Civil Veterinary Department. Madras. Admin. report 1926-33 - 1926-1933
Year: 1926
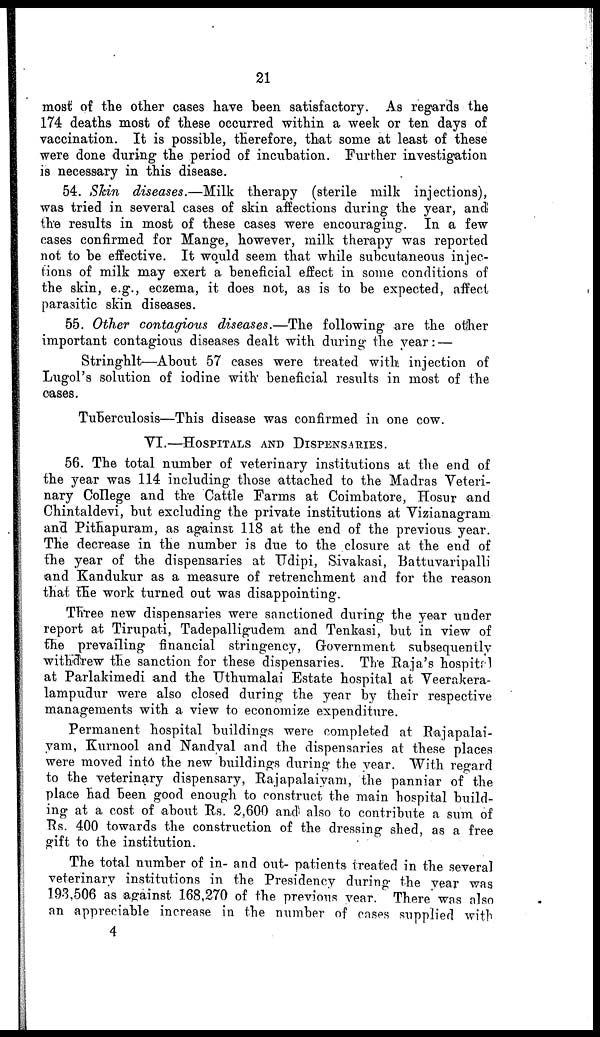
21
most of the other cases have been satisfactory. As regards the
174 deaths most of these occurred within a week or ten days of
vaccination. It is possible, therefore, that some at least of these
were done during the period of incubation. Further investigation
is necessary in this disease.
54. Skin diseases.—Milk
therapy (sterile milk injections),
was tried in several cases of skin affections during the year, and
the results in most of these cases were encouraging. In a few
oases confirmed for Mange, however, milk therapy was reported
not to be effective. It would seem that while subcutaneous injec-
tions of milk may exert a beneficial effect in some conditions of
the skin, e.g., eczema, it does not, as is to be expected, affect
parasitic skin diseases.
55. Other contagious diseases.—The
following are the other
important contagious diseases dealt with during the year: —
Stringhlt—About 57 cases were treated with injection of
Lugol's solution of iodine with beneficial results in most of the
oases.
Tuberculosis—This disease was confirmed in one cow.
VI.—HOSPITALS AND DISPENSARIES.
56. The total number of veterinary institutions at the end of
the year was 114 including those attached to the Madras Veteri-
nary College and the Cattle Farms at Coimbatore, Hosur and
Chintaldevi, but excluding the private institutions at Vizianagram
and Pithapuram, as against 118 at the end of the previous year.
The decrease in the number is due to the closure at the end of
the year of the dispensaries at Udipi, Sivakasi, Battuvaripalli
and Kandukur as a measure of retrenchment and for the reason
that the work turned out was disappointing.
Three new dispensaries were sanctioned during the year under
report at Tirupati, Tadepalligudem and Tenkasi, but in view of
the prevailing financial stringency, Government subsequently
withdrew the sanction for these dispensaries. The Raja's hospital
at Parlakimedi and the Uthumalai Estate hospital at Veerakera-
lampudur were also closed during the year by their respective
managements with a view to economize expenditure.
Permanent hospital buildings were completed at Rajapalai-
yam, Kurnool and Nandyal and the dispensaries at these places
were moved int6 the new buildings during the year. With regard
to the veterinary dispensary, Rajapalaiyam, the panniar of the
place had been good enough to construct the main hospital build-
ing at a cost of about Rs. 2,600 and also to contribute a sum of
Rs. 400 towards the construction of the dressing shed, as a free
gift to the institution.
The total number of in- and out- patients treated in the several
veterinary institutions in the Presidency during the year was
193,506 as against 168,270 of the previous year. There was also
an appreciable increase in the number of cases supplied with
4